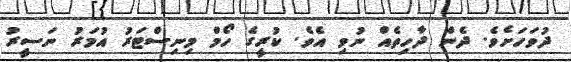
ދުވަހަށެވެ. ދެން ދާހިތެއް ނުވި އެވެ. ކުރީގެ ހޯމް މިނިސްޓަރު އުމަރު ނަސީރު